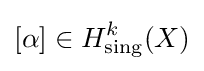
[\alpha ]\in H_{\text{sing}}^{k}(X)